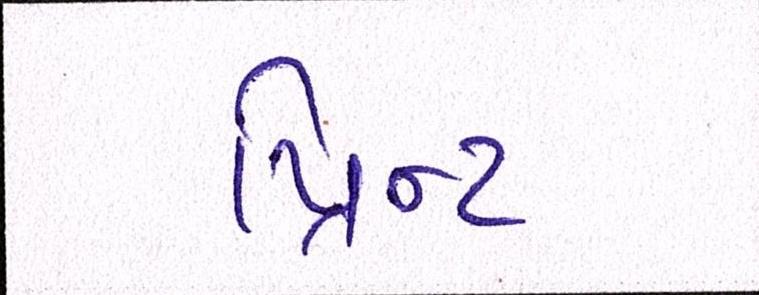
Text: પ્રિન્ટ